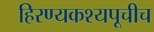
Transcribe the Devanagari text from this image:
हिरण्यकश्यपूचीच